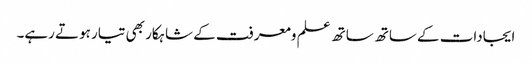
ایجادات کے ساتھ ساتھ علم ومعرفت کے شاہکار بھی تیار ہوتے رہے۔